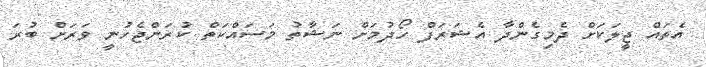
އެތައް ޖީލަކަށް ދެމިގެންދާ އެޝަރަފް ހޯދުމަށް ނަޝާތު މަސައްކަތް ކުރަންޖެހުނީ ވަރަށް ބުރަ